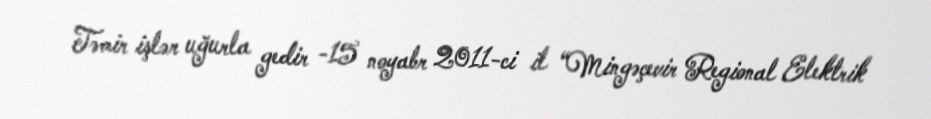
Təmir işlər uğurla gedir -15 noyabr 2011-ci il “Mingəçevir Regional Elektrik